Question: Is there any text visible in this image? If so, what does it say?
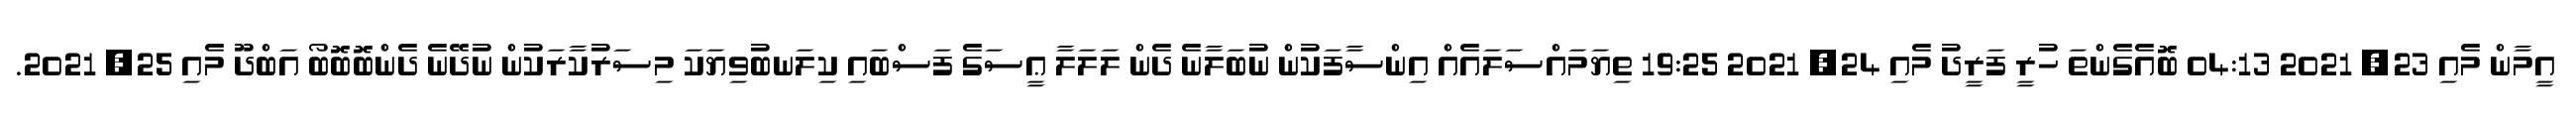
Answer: އީމާން މެއި 23, 2021 04:13 ބޮއެގެންތަ ހުރީ ފަރީދު މެއި 24, 2021 19:25 ތިޔަމައްސަލައެއް އިންސާފަކުން ނުބަލާނެ ދެން ލަލަލާ ޢީސަގެ ފަސްބައި ކިލަނބުވިޔަކަ މިސަރުކާރަކުން ނުދޭނެ ދެންބޮބޮބޯ އަބްދޫ މެއި 25, 2021.